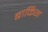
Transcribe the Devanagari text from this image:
बार्किग